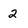
Character: 2